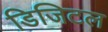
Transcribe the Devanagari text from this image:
डिजिटल